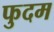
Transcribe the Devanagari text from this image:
फुदम